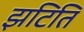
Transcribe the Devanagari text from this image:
झटिति